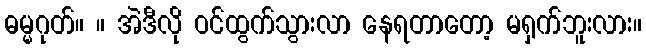
ဓမ္မဂုတ်။ ။ အဲဒီလို ဝင်ထွက်သွားလာ နေရတာတော့ မရှက်ဘူးလား။